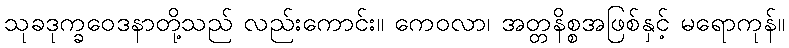
သုခဒုက္ခဝေဒနာတို့သည် လည်းကောင်း။ ကေဝလာ၊ အတ္တနိစ္စအဖြစ်နှင့် မရောကုန်။